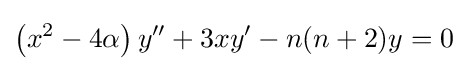
\left(x^{2}-4\alpha \right)y''+3xy'-n(n+2)y=0